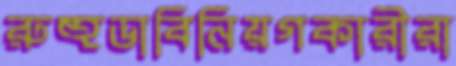
রুহুডাবিনিয়গকারীরা